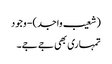
(شعیب واجد) - وجود
تمہاری بھی جے جے۔